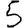
Digit: 5